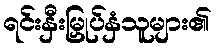
ရင်းနှီးမြှုပ်နှံသူများ၏